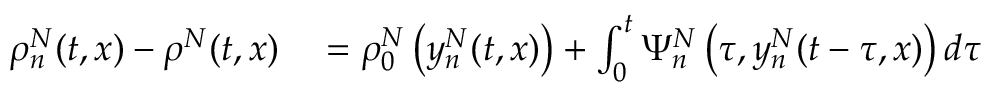
\begin{array} { r l } { \rho _ { n } ^ { N } ( t , x ) - \rho ^ { N } ( t , x ) } & { { } = \rho _ { 0 } ^ { N } \left( y _ { n } ^ { N } ( t , x ) \right) + \int _ { 0 } ^ { t } \Psi _ { n } ^ { N } \left( \tau , y _ { n } ^ { N } ( t - \tau , x ) \right) d \tau } \end{array}